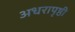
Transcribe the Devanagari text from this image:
अधरापृष्ठी